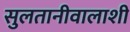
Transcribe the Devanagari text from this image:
सुलतानीवालाशी